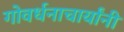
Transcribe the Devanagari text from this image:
गोवर्धनाचार्यांनी